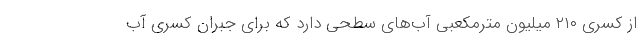
از کسری ۲۱۰ میلیون مترمکعبی آب‌های سطحی دارد که برای جبران کسری آب